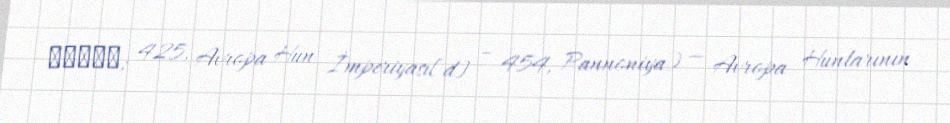
Έλλακ; 425, Avropa Hun İmperiyası[d] – 454, Pannoniya) — Avropa Hunlarının